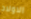
الاولاد